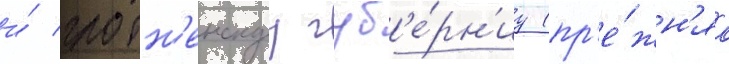
и́ гродн'енскуу губ'е́рн'иу (пр'е́жн'яа